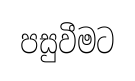
පසුවීමට